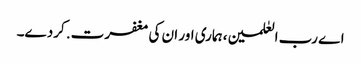
اے رب العٰلمین، ہماری اور ان کی مغفرت. کردے۔